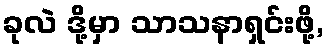
ခုလဲ ဒို့မှာ သာသနာရှင်းဖို့,